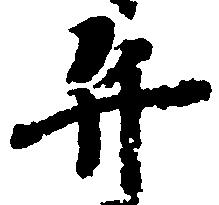
弁